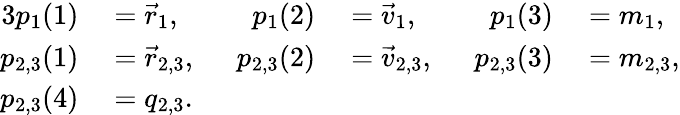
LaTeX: \begin{array}{rlrlrl}{{3}p_{1}(1)}&{{}=\vec{r}_{1},}&{p_{1}(2)}&{{}=\vec{v}_{1},}&{p_{1}(3)}&{{}=m_{1},}\\ {p_{2,3}(1)}&{{}=\vec{r}_{2,3},\; \; }&{p_{2,3}(2)}&{{}=\vec{v}_{2,3},\; \; }&{p_{2,3}(3)}&{{}=m_{2,3},}\\ {p_{2,3}(4)}&{{}=q_{2,3}.}\end{array}